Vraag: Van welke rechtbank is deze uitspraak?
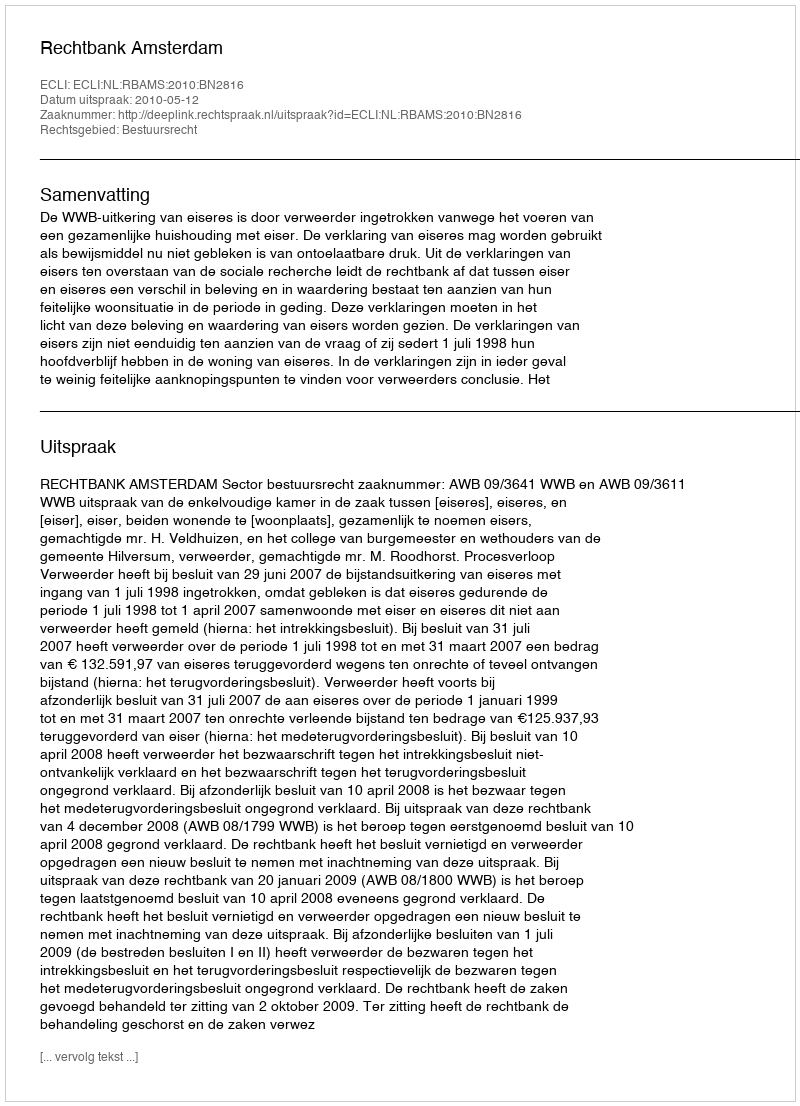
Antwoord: Rechtbank Amsterdam